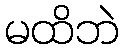
မထိဘဲ